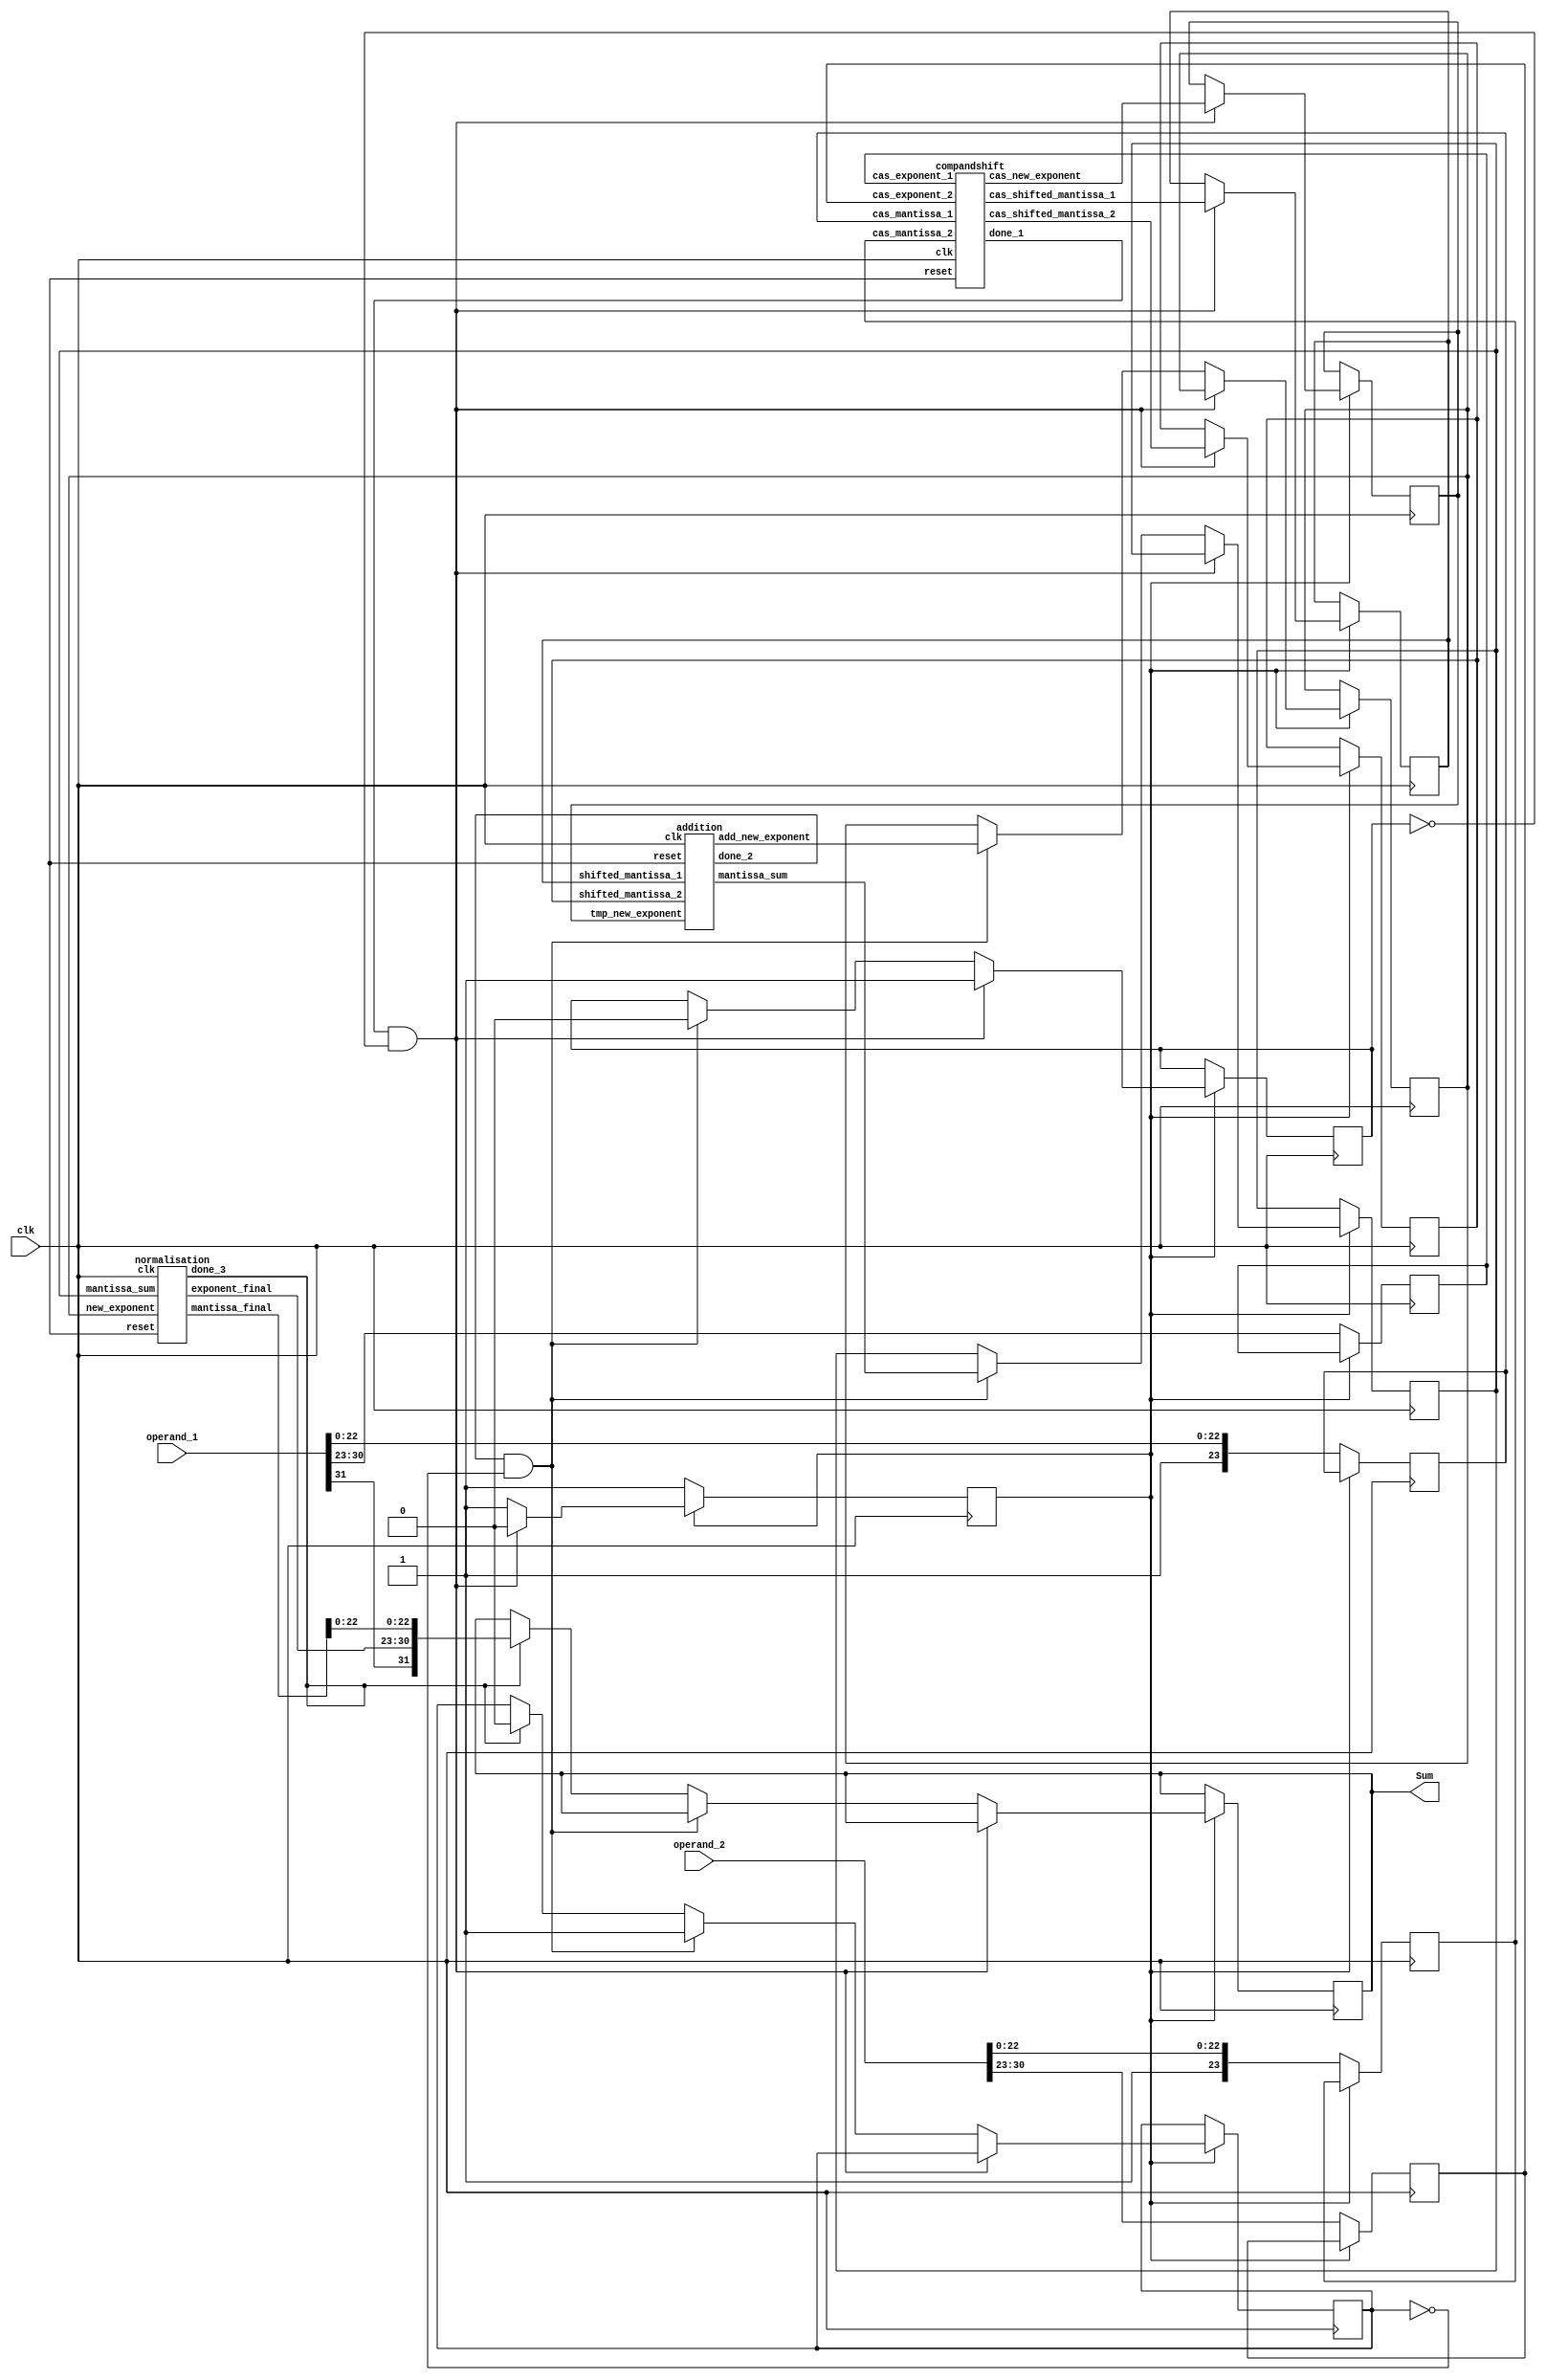
module adder(operand_1,operand_2,clk,Sum);

//Declaring input and outputs
input [31:0] operand_1;
input [31:0] operand_2;
input [0:0] clk;
//input [0:0] reset;
output [31:0] Sum;
reg [31:0] sum;
wire reset;
//Declaration of other variables
reg [7:0] exponent_1, exponent_2;
reg [23:0] mantissa_1, mantissa_2;
reg [7:0] new_exponent;
wire [7:0] exponent_final;
wire [23:0] mantissa_final;
reg [24:0] mantissa_sum;
reg [23:0] shifted_mantissa_1,shifted_mantissa_2;
wire [23:0] cas_shifted_mantissa_1,cas_shifted_mantissa_2;
wire [24:0] add_mantissa_sum;
reg [7:0] tmp_new_exponent;
wire [7:0] add_new_exponent;
wire [7:0] cas_new_exponent;


reg busy_1=0;
reg busy_2=0;
reg busy_3=0;

compandshift cas(mantissa_1,mantissa_2,exponent_1,exponent_2,clk,reset,cas_shifted_mantissa_1,cas_shifted_mantissa_2,cas_new_exponent,done_1);
addition add(shifted_mantissa_1,shifted_mantissa_2,tmp_new_exponent,clk,reset,add_mantissa_sum,add_new_exponent,done_2); 
normalisation normalise(mantissa_sum,new_exponent,clk,reset,mantissa_final,exponent_final,done_3);

always @(posedge clk)
begin
    if(busy_1==0)
    begin
        exponent_1<=operand_1[30:23];
        exponent_2<=operand_2[30:23];
        mantissa_1<={1'b1,operand_1[22:0]};
        mantissa_2<={1'b1,operand_2[22:0]};
        busy_1<=1;    
    end
    else if (done_1==1 && busy_2==0)
    begin
        shifted_mantissa_1<=cas_shifted_mantissa_1;
        shifted_mantissa_2<=cas_shifted_mantissa_2;
        tmp_new_exponent<=cas_new_exponent;
        busy_1<=0;
        busy_2<=1;
    end
    else if(done_2==1 && busy_3==0)
    begin
        mantissa_sum <= add_mantissa_sum;
        new_exponent <= add_new_exponent;
        busy_2<=0;
        busy_3<=1;
    end
    else if(done_3==1)
    begin
        sum<={operand_1[31],exponent_final,mantissa_final[22:0]};
        busy_3<=0;
        // $display("module:%b",sum);
    end
end
assign Sum = sum; 
endmodule

//=================================================================================================================================================================================================
//This module Compares Exponent of both inputs and shifts mantissa to make exponent equal.
module compandshift(cas_mantissa_1,cas_mantissa_2,cas_exponent_1,cas_exponent_2,clk,reset,cas_shifted_mantissa_1,cas_shifted_mantissa_2,cas_new_exponent,done_1);

input [23:0] cas_mantissa_1, cas_mantissa_2;
input [7:0] cas_exponent_1, cas_exponent_2;
input clk,reset;
output reg [23:0] cas_shifted_mantissa_1,cas_shifted_mantissa_2;
output reg [7:0] cas_new_exponent;
output reg done_1=0;
reg [7:0] diff; 

always @(posedge clk)
begin
    if(cas_exponent_1 == cas_exponent_2)
    begin
        cas_shifted_mantissa_1<=cas_mantissa_1;
        cas_shifted_mantissa_2<=cas_mantissa_2;
        cas_new_exponent<=cas_exponent_1+1'b1;
        done_1<=1;
    end
    else if(cas_exponent_1>cas_exponent_2)
    begin
        diff=cas_exponent_1-cas_exponent_2;
        cas_shifted_mantissa_1<=cas_mantissa_1;
        cas_shifted_mantissa_2<=(cas_mantissa_2>>diff);
        cas_new_exponent<=cas_exponent_1+1'b1;
        done_1<=1;
    end
    else if(cas_exponent_2>cas_exponent_1)
    begin
        diff=cas_exponent_2-cas_exponent_1;
        cas_shifted_mantissa_2<=cas_mantissa_2;
        cas_shifted_mantissa_1<=(cas_mantissa_1>>diff);
        cas_new_exponent<=cas_exponent_2+1'b1;
        done_1<=1;
    end
end
endmodule
//=============================================================================================================================================================================================
//This module add shifted mantissas
module addition(shifted_mantissa_1,shifted_mantissa_2,tmp_new_exponent,clk,reset,mantissa_sum,add_new_exponent,done_2);
input [23:0] shifted_mantissa_1;
input [23:0] shifted_mantissa_2;
input [7:0] tmp_new_exponent;
input clk,reset;
output reg [24:0] mantissa_sum;
output reg done_2=0;
output reg [7:0] add_new_exponent;
always @(posedge clk)
begin
    mantissa_sum<=shifted_mantissa_1+shifted_mantissa_2;
    add_new_exponent<=tmp_new_exponent;
    if(mantissa_sum==(shifted_mantissa_1+shifted_mantissa_2))
    begin
        done_2<=1;
    end
end 
endmodule

//==============================================================================================================================================================================================
//This module normalises the output mantissa
module normalisation(mantissa_sum,new_exponent,clk,reset,mantissa_final,exponent_final,done_3);
input [24:0] mantissa_sum;
input [7:0] new_exponent;
input clk,reset;
output reg [23:0] mantissa_final;
output reg [7:0] exponent_final;
output reg done_3=0;
reg rst=0;

always @(posedge clk)
begin
    if(rst==0)
    begin
        mantissa_final<=mantissa_sum[24:1];
        exponent_final<=new_exponent;
        if(mantissa_final==mantissa_sum[24:1])
        begin
            rst<=1;
        end
    end
    else begin
        repeat(24) begin
            if(mantissa_final[23]==0)
            begin
                mantissa_final<=(mantissa_final<<1'b1);
                exponent_final<=exponent_final-1'b1;
            end
            else begin
                done_3<=1;
                rst<=0;
            end
        end
    end
end
endmodule
//=====================================================================================================================================================================================